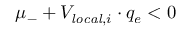
\mu _ { - } + V _ { \mathit { l o c a l } , i } \cdot q _ { e } < 0